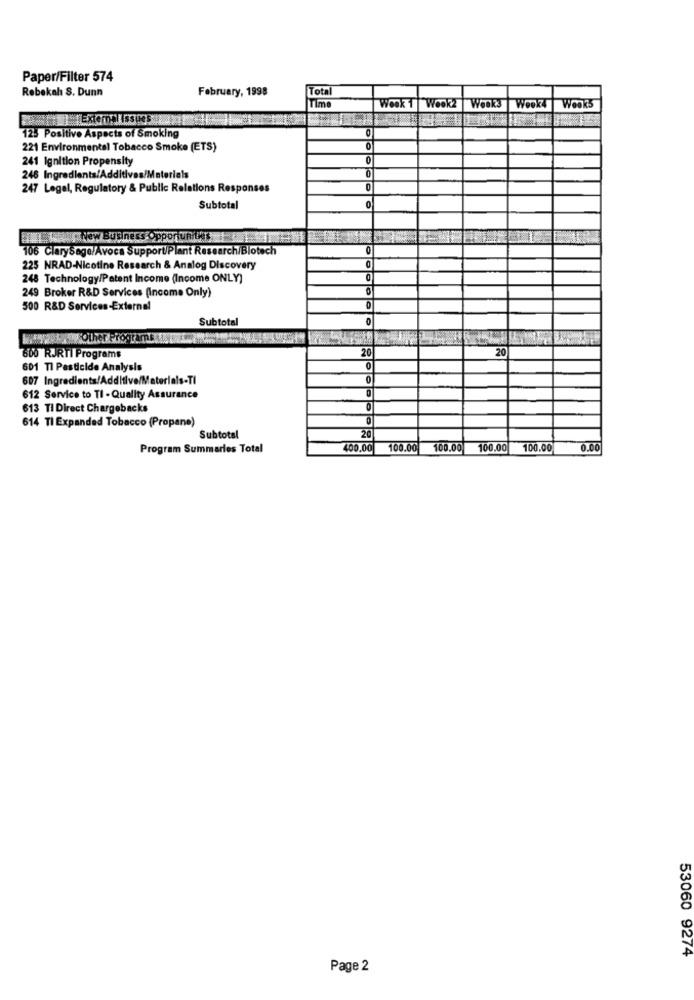
Paper/Filter 574
Rebekah S. Dunn
February, 1998
Total
Time
Week 1 Week2 Weeks
Wook4 Weeks
125 Positive Aspects of Smoking
221 Environmental Tobacco Smoke (ETS)
241 Ignition Propensity
0
248 Ingredients/Additives/Materials
247 Legal, Regulatory & Public Relations Responses
0
Subtotal
BuyNew Business OpportuniCES
106 ClarySage/Avoca Support/Plant Research/Blotech
0
225 NRAD-Nicotine Research & Analog Discovery
O
248 Technology/Patent Income (Income ONLY)
249 Broker R&D Services (Income Only)
500 R&D Services-External
Subtotal
0
20
20
600 RJRTI Programs
601 Tl Pasticide Analysis
0
607 Ingredients/Additive/Materials-TI
0
0
612 Service to TI - Quality Assurance
613 TI Direct Chargebacks
614 Tl Expanded Tobacco (Propane)
20
Subtotal
Program Summaries Total
400,00
100.00
100.00
100.00
100.00
0.00
53060 9274
Page 2